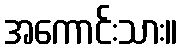
အကောင်းသား။